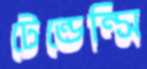
টেন্ডেন্সি